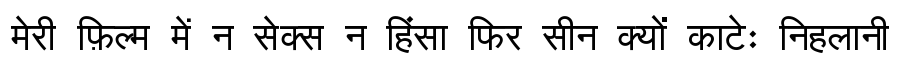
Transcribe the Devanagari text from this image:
मेरी फ़िल्म में न सेक्स न हिंसा फिर सीन क्यों काटेः निहलानी